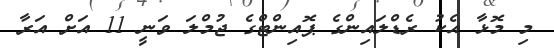
މި މޮޅާ އެކު ރެޑްލައިންގެ ޕޮއިންޓްގެ ޖުމްލަ ވަނީ 11 އަށް އަރާ